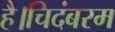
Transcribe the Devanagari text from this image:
है।चिदंबरम